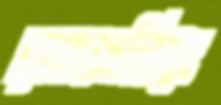
রাহমানিয়া